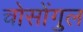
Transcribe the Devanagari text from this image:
चोसोंगुल